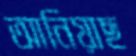
আনিয়াছ